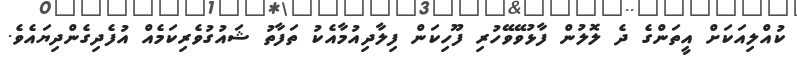
ކުއްލިއަކަށް އީތަންގެ ދެ ލޮލުން ފާޅުވޭވޭހުރި ފޫހިކަން ފިލާދިއުމާއެކު ތަފާތު ޝައުގުވެރިކަމެއް އުފެދިގެންދިޔައެވެ.